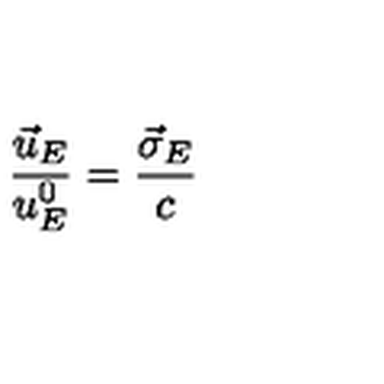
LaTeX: \frac { \vec { u } _ { E } } { u _ { E } ^ { 0 } } = \frac { \vec { \sigma } _ { E } } { c }